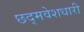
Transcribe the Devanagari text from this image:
छद्‍मवेशधारी